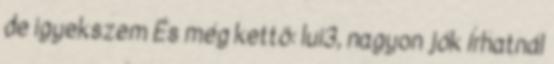
de igyekszem És még kettö: lui3, nagyon jók Írhatnál